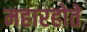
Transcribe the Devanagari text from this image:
महारहोते